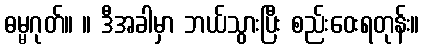
ဓမ္မဂုတ်။ ။ ဒီအခါမှာ ဘယ်သွားပြီး စည်းဝေးရတုန်း။